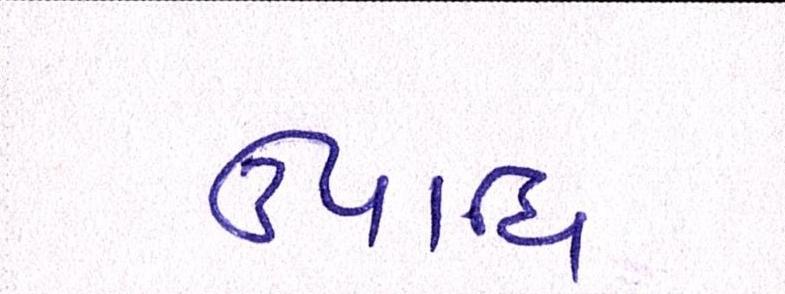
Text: ઉપાધિ